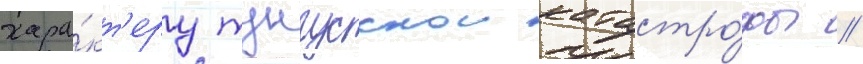
хара́кт'еру тунгусскои катастро́фы //